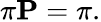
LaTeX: \pi\mathbf{P}=\pi.